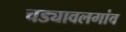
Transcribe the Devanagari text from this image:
चड्यावलगांव